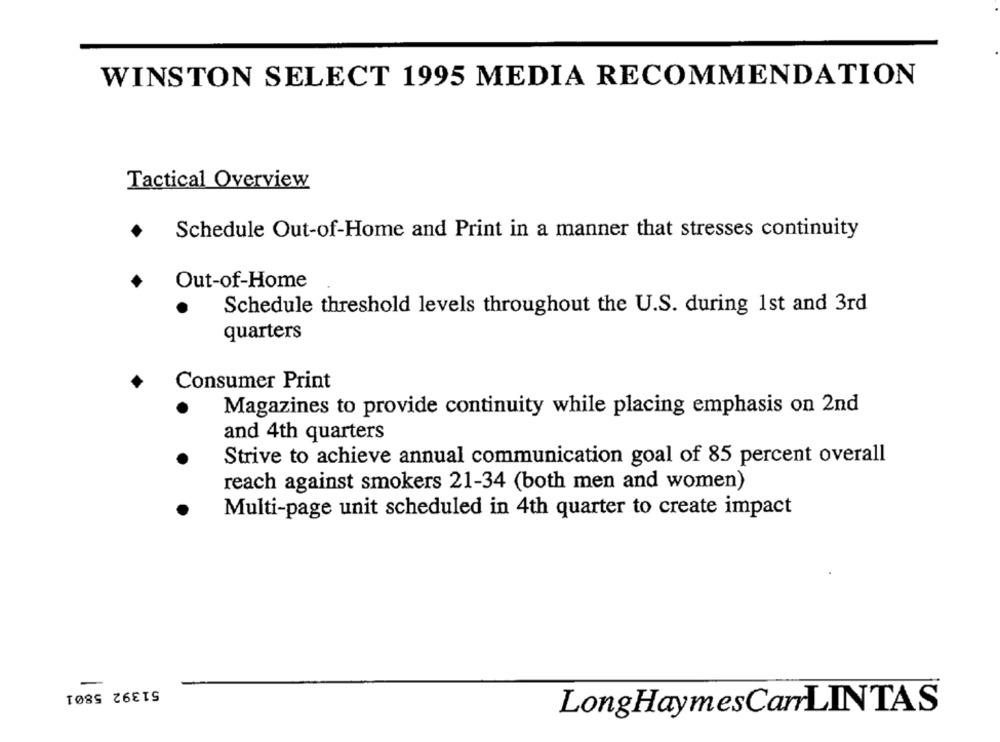
WINSTON SELECT 1995 MEDIA RECOMMENDATION
Tactical Overview
Schedule Out-of-Home and Print in a manner that stresses continuity
Out-of-Home
Schedule threshold levels throughout the U.S. during 1st and 3rd
quarters
Consumer Print
Magazines to provide continuity while placing emphasis on 2nd
and 4th quarters
Strive to achieve annual communication goal of 85 percent overall
reach against smokers 21-34 (both men and women)
Multi-page unit scheduled in 4th quarter to create impact
51392 5801
LongHaymesCarLINTAS